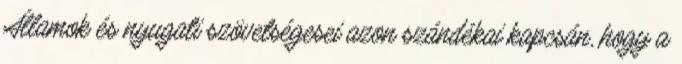
Államok és nyugati szövetségesei azon szándékai kapcsán, hogy a